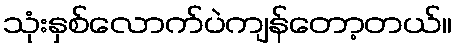
သုံးနှစ်လောက်ပဲကျန်တော့တယ်။